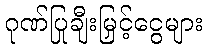
ဂုဏ်ပြုချီးမြှင့်ငွေများ